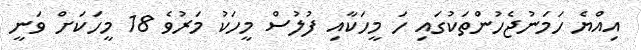
އިއްޔެ ހަމަނުޖެހުންތަކުގައި ހަ މީހަކާއި ފުލުސް މީހަކު މަރުވެ 18 މީހަކަށް ވަނީ